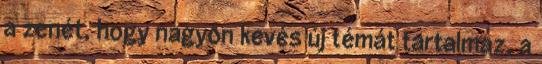
a zenét, hogy nagyon kevés új témát tartalmaz, a